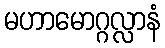
မဟာမောဂ္ဂလ္လာနံ